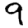
Digit: 9